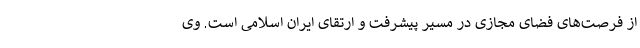
از فرصت‌های فضای مجازی در مسیر پیشرفت و ارتقای ایران اسلامی است. وی